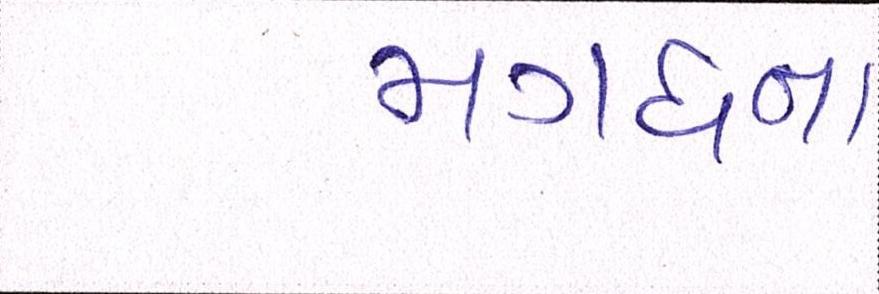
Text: મગધના